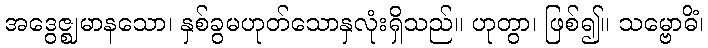
အဒွေဇ္ဈမာနသော၊ နှစ်ခွမဟုတ်သောနှလုံးရှိသည်။ ဟုတွာ၊ ဖြစ်၍။ သမ္ဗောဓိံ၊